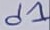
Text: d1